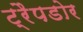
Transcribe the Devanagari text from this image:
ट्रैपडोर